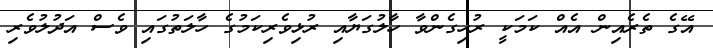
އޭގެ ތެރެއިން އެއް ކަމަކީ ރުހިގެންވާ ހާލުގަޔާއި ރުޅިވެރިކަމުގެ ހާލަތުގައި ވެސް އަދުލުވެރި